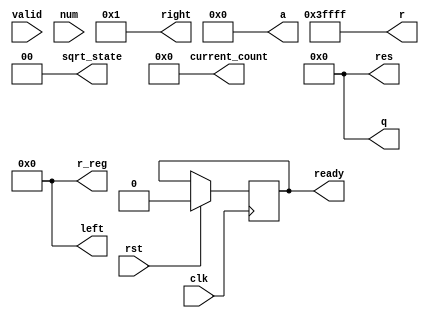
/* Generated by Yosys 0.42+40 (git sha1 a739e21a5, clang++ 14.0.0-1ubuntu1.1 -fPIC -Os) */

(* top =  1  *)
(* src = "/home/user/SDR-HLS/5.NewModules/SquareRoot/sequential/amaranth/sqrt_sequential.py:52" *)
(* generator = "Amaranth" *)
module top(valid, clk, rst, res, ready, current_count, q, r, r_reg, left, right, a, sqrt_state, num);
  reg \$auto$verilog_backend.cc:2352:dump_module$1  = 0;
  wire \$1 ;
  reg [31:0] \$10 ;
  reg \$11 ;
  reg [15:0] \$12 ;
  reg [17:0] \$13 ;
  reg [3:0] \$14 ;
  wire \$2 ;
  wire \$3 ;
  wire \$4 ;
  wire [4:0] \$5 ;
  wire \$6 ;
  wire [18:0] \$7 ;
  wire [18:0] \$8 ;
  reg [1:0] \$9 ;
  (* src = "/home/user/SDR-HLS/5.NewModules/SquareRoot/sequential/amaranth/sqrt_sequential.py:42" *)
  output [31:0] a;
  reg [31:0] a = 32'd0;
  (* src = "/home/user/FPGA/tools/amaranth/amaranth/hdl/_ir.py:215" *)
  input clk;
  wire clk;
  (* src = "/home/user/SDR-HLS/5.NewModules/SquareRoot/sequential/amaranth/sqrt_sequential.py:40" *)
  output [3:0] current_count;
  reg [3:0] current_count = 4'h0;
  (* src = "/home/user/SDR-HLS/5.NewModules/SquareRoot/sequential/amaranth/sqrt_sequential.py:44" *)
  output [17:0] left;
  wire [17:0] left;
  (* src = "/home/user/SDR-HLS/5.NewModules/SquareRoot/sequential/amaranth/sqrt_sequential.py:31" *)
  input [31:0] num;
  wire [31:0] num;
  (* init = 16'h0000 *)
  (* src = "/home/user/SDR-HLS/5.NewModules/SquareRoot/sequential/amaranth/sqrt_sequential.py:43" *)
  output [15:0] q;
  wire [15:0] q;
  (* src = "/home/user/SDR-HLS/5.NewModules/SquareRoot/sequential/amaranth/sqrt_sequential.py:46" *)
  output [17:0] r;
  reg [17:0] r;
  (* src = "/home/user/SDR-HLS/5.NewModules/SquareRoot/sequential/amaranth/sqrt_sequential.py:47" *)
  output [17:0] r_reg;
  reg [17:0] r_reg = 18'h00000;
  (* src = "/home/user/SDR-HLS/5.NewModules/SquareRoot/sequential/amaranth/sqrt_sequential.py:37" *)
  output ready;
  reg ready = 1'h0;
  (* src = "/home/user/SDR-HLS/5.NewModules/SquareRoot/sequential/amaranth/sqrt_sequential.py:43" *)
  output [15:0] res;
  reg [15:0] res = 16'h0000;
  (* src = "/home/user/SDR-HLS/5.NewModules/SquareRoot/sequential/amaranth/sqrt_sequential.py:32" *)
  wire reset;
  (* src = "/home/user/SDR-HLS/5.NewModules/SquareRoot/sequential/amaranth/sqrt_sequential.py:45" *)
  output [17:0] right;
  wire [17:0] right;
  (* src = "/home/user/FPGA/tools/amaranth/amaranth/hdl/_ir.py:215" *)
  input rst;
  wire rst;
  (* src = "/home/user/SDR-HLS/5.NewModules/SquareRoot/sequential/amaranth/sqrt_sequential.py:41" *)
  output [1:0] sqrt_state;
  reg [1:0] sqrt_state = 2'h0;
  (* src = "/home/user/SDR-HLS/5.NewModules/SquareRoot/sequential/amaranth/sqrt_sequential.py:33" *)
  input valid;
  wire valid;
  assign \$2  = & (* src = "/home/user/SDR-HLS/5.NewModules/SquareRoot/sequential/amaranth/sqrt_sequential.py:91" *) current_count;
  assign \$4  = sqrt_state == (* src = "/home/user/SDR-HLS/5.NewModules/SquareRoot/sequential/amaranth/sqrt_sequential.py:114" *) 1'h1;
  assign \$5  = current_count + (* src = "/home/user/SDR-HLS/5.NewModules/SquareRoot/sequential/amaranth/sqrt_sequential.py:116" *) 1'h1;
  assign \$6  = ~ (* src = "/home/user/SDR-HLS/5.NewModules/SquareRoot/sequential/amaranth/sqrt_sequential.py:118" *) r[17];
  assign \$7  = { r_reg[15:0], a[31:30] } + (* src = "/home/user/SDR-HLS/5.NewModules/SquareRoot/sequential/amaranth/sqrt_sequential.py:124" *) { res, r_reg[17], 1'h1 };
  assign \$8  = { r_reg[15:0], a[31:30] } - (* src = "/home/user/SDR-HLS/5.NewModules/SquareRoot/sequential/amaranth/sqrt_sequential.py:126" *) { res, r_reg[17], 1'h1 };
  (* src = "/home/user/SDR-HLS/5.NewModules/SquareRoot/sequential/amaranth/sqrt_sequential.py:41" *)
  always @(posedge clk)
    sqrt_state <= \$9 ;
  (* src = "/home/user/SDR-HLS/5.NewModules/SquareRoot/sequential/amaranth/sqrt_sequential.py:42" *)
  always @(posedge clk)
    a <= \$10 ;
  (* src = "/home/user/SDR-HLS/5.NewModules/SquareRoot/sequential/amaranth/sqrt_sequential.py:37" *)
  always @(posedge clk)
    ready <= \$11 ;
  (* src = "/home/user/SDR-HLS/5.NewModules/SquareRoot/sequential/amaranth/sqrt_sequential.py:43" *)
  always @(posedge clk)
    res <= \$12 ;
  (* src = "/home/user/SDR-HLS/5.NewModules/SquareRoot/sequential/amaranth/sqrt_sequential.py:47" *)
  always @(posedge clk)
    r_reg <= \$13 ;
  (* src = "/home/user/SDR-HLS/5.NewModules/SquareRoot/sequential/amaranth/sqrt_sequential.py:40" *)
  always @(posedge clk)
    current_count <= \$14 ;
  always @* begin
    if (\$auto$verilog_backend.cc:2352:dump_module$1 ) begin end
    \$9  = sqrt_state;
    (* full_case = 32'd1 *)
    if (\$1 ) begin
      \$9  = 2'h0;
    end else begin
      (* full_case = 32'd1 *)
      casez (sqrt_state)
        2'h0:
            if (valid) begin
              \$9  = 2'h1;
            end
        2'h1:
            if (\$2 ) begin
              \$9  = 2'h2;
            end
        2'h2:
            \$9  = 2'h0;
        default:
            \$9  = 2'h0;
      endcase
    end
    if (rst) begin
      \$9  = 2'h0;
    end
  end
  always @* begin
    if (\$auto$verilog_backend.cc:2352:dump_module$1 ) begin end
    \$10  = a;
    (* full_case = 32'd1 *)
    if (\$1 ) begin
    end else begin
      casez (sqrt_state)
        2'h0:
            if (valid) begin
              \$10  = num;
            end
        2'h1:
            /* empty */;
        2'h2:
            \$10  = 32'd0;
      endcase
    end
    (* full_case = 32'd1 *)
    if (\$3 ) begin
      \$10  = 32'd0;
    end else begin
      if (\$4 ) begin
        \$10  = { a[29:0], 2'h0 };
      end
    end
    if (rst) begin
      \$10  = 32'd0;
    end
  end
  always @* begin
    if (\$auto$verilog_backend.cc:2352:dump_module$1 ) begin end
    \$11  = ready;
    (* full_case = 32'd1 *)
    if (\$1 ) begin
    end else begin
      casez (sqrt_state)
        2'h0:
            /* empty */;
        2'h1:
            if (\$2 ) begin
              \$11  = 1'h1;
            end
        2'h2:
            \$11  = 1'h0;
      endcase
    end
    if (rst) begin
      \$11  = 1'h0;
    end
  end
  always @* begin
    if (\$auto$verilog_backend.cc:2352:dump_module$1 ) begin end
    \$12  = res;
    (* full_case = 32'd1 *)
    if (\$1 ) begin
    end else begin
      casez (sqrt_state)
        2'h0:
            /* empty */;
        2'h1:
            /* empty */;
        2'h2:
            \$12  = 16'h0000;
      endcase
    end
    (* full_case = 32'd1 *)
    if (\$3 ) begin
      \$12  = 16'h0000;
    end else begin
      if (\$4 ) begin
        \$12  = { res[14:0], \$6  };
      end
    end
    if (rst) begin
      \$12  = 16'h0000;
    end
  end
  always @* begin
    if (\$auto$verilog_backend.cc:2352:dump_module$1 ) begin end
    \$13  = r_reg;
    (* full_case = 32'd1 *)
    if (\$1 ) begin
    end else begin
      casez (sqrt_state)
        2'h0:
            /* empty */;
        2'h1:
            /* empty */;
        2'h2:
            \$13  = 18'h00000;
      endcase
    end
    (* full_case = 32'd1 *)
    if (\$3 ) begin
      \$13  = 18'h00000;
    end else begin
      if (\$4 ) begin
        \$13  = r;
      end
    end
    if (rst) begin
      \$13  = 18'h00000;
    end
  end
  always @* begin
    if (\$auto$verilog_backend.cc:2352:dump_module$1 ) begin end
    \$14  = current_count;
    (* full_case = 32'd1 *)
    if (\$1 ) begin
    end else begin
      casez (sqrt_state)
        2'h0:
            /* empty */;
        2'h1:
            /* empty */;
        2'h2:
            \$14  = 4'h0;
      endcase
    end
    (* full_case = 32'd1 *)
    if (\$3 ) begin
      \$14  = 4'h0;
    end else begin
      if (\$4 ) begin
        \$14  = \$5 [3:0];
      end
    end
    if (rst) begin
      \$14  = 4'h0;
    end
  end
  always @* begin
    if (\$auto$verilog_backend.cc:2352:dump_module$1 ) begin end
    (* full_case = 32'd1 *)
    if (r_reg[17]) begin
      r = \$7 [17:0];
    end else begin
      r = \$8 [17:0];
    end
  end
  assign reset = 1'h0;
  assign q = res;
  assign left = { r_reg[15:0], a[31:30] };
  assign right = { res, r_reg[17], 1'h1 };
  assign \$1  = 1'h1;
  assign \$3  = 1'h1;

  //-----------------------------
  // For simulation only
  //-----------------------------
  initial begin
     $dumpfile("top.vcd");
     $dumpvars(0, top);
  end
endmodule